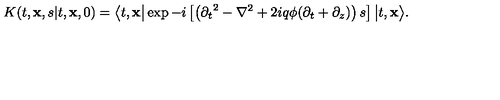
K ( t , { \bf x } , s \vert t , { \bf x } , 0 ) = \big \langle t , { \bf x } \big \vert \exp - i \left[ \left( { \partial _ { t } } ^ { 2 } - { \nabla } ^ { 2 } + 2 i q \phi ( \partial _ { t } + \partial _ { z } ) \right) s \right] \big \vert t , { \bf x } \big \rangle .